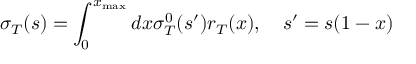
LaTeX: \sigma _ { T } ( s ) = \int _ { 0 } ^ { x _ { \mathrm { m a x } } } d x \sigma _ { T } ^ { 0 } ( s ^ { \prime } ) r _ { T } ( x ) , \quad s ^ { \prime } = s ( 1 - x )